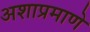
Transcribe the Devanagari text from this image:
अशाप्रमाणे